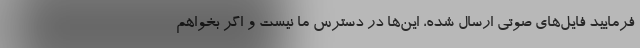
فرمایید فایل‌های صوتی ارسال شده، این‌ها در دسترس ما نیست و اگر بخواهم